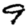
Digit: 9